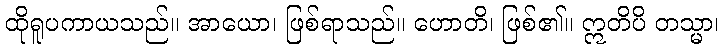
ထိုရူပကာယသည်။ အာယော၊ ဖြစ်ရာသည်။ ဟောတိ၊ ဖြစ်၏။ ဣတိပိ တသ္မာ၊